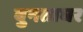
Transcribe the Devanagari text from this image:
बुनताघर